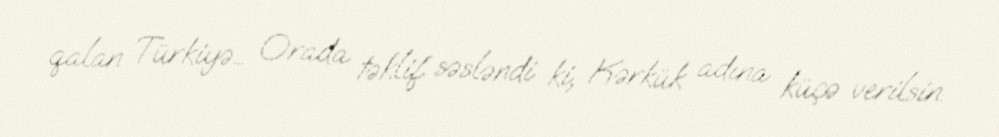
qalan Türkiyə… Orada təklif səsləndi ki, Kərkük adına küçə verilsin.